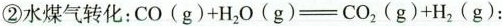
②水煤气转化：CO( g ) +H_{ 2 }O( g )=CO_{ 2 }( g )+H_{ 2 }( g )；